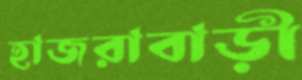
হাজরাবাড়ী